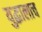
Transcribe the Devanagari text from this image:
युद्धालाच